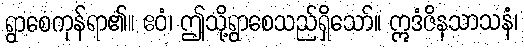
ရွာစေကုန်ရာ၏။ ဧဝံ၊ ဤသို့ရွာစေသည်ရှိသော်။ ဣဒံဇိနသာသနံ၊